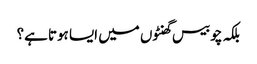
بلکہ چوبیس گھنٹوں میں ایسا ہوتا ہے؟